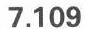
7.109